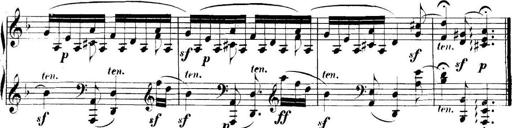
Title: Collected Piano Sonatas
Composer: Muzio Clementi